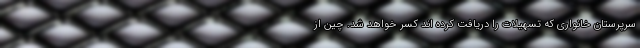
سرپرستان خانواری که تسهیلات را دریافت کرده اند کسر خواهد شد. چین از